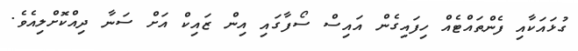
ގުޅައަކާއި ފެންތައްޓެއް ހިފައިގެން އައިސް ސޯފާގައި އިން ޒައިކް އަށް ސަނާ ދިއްކޮށްލިއެވެ.